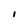
Character: I